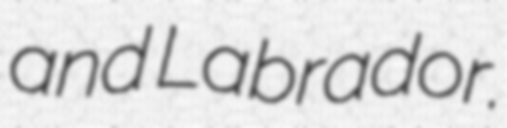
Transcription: and Labrador.